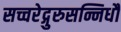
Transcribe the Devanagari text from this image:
सच्चरेद्गुरुसन्निधौ